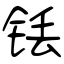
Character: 铥